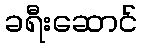
ခရီးဆောင်